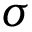
\sigma